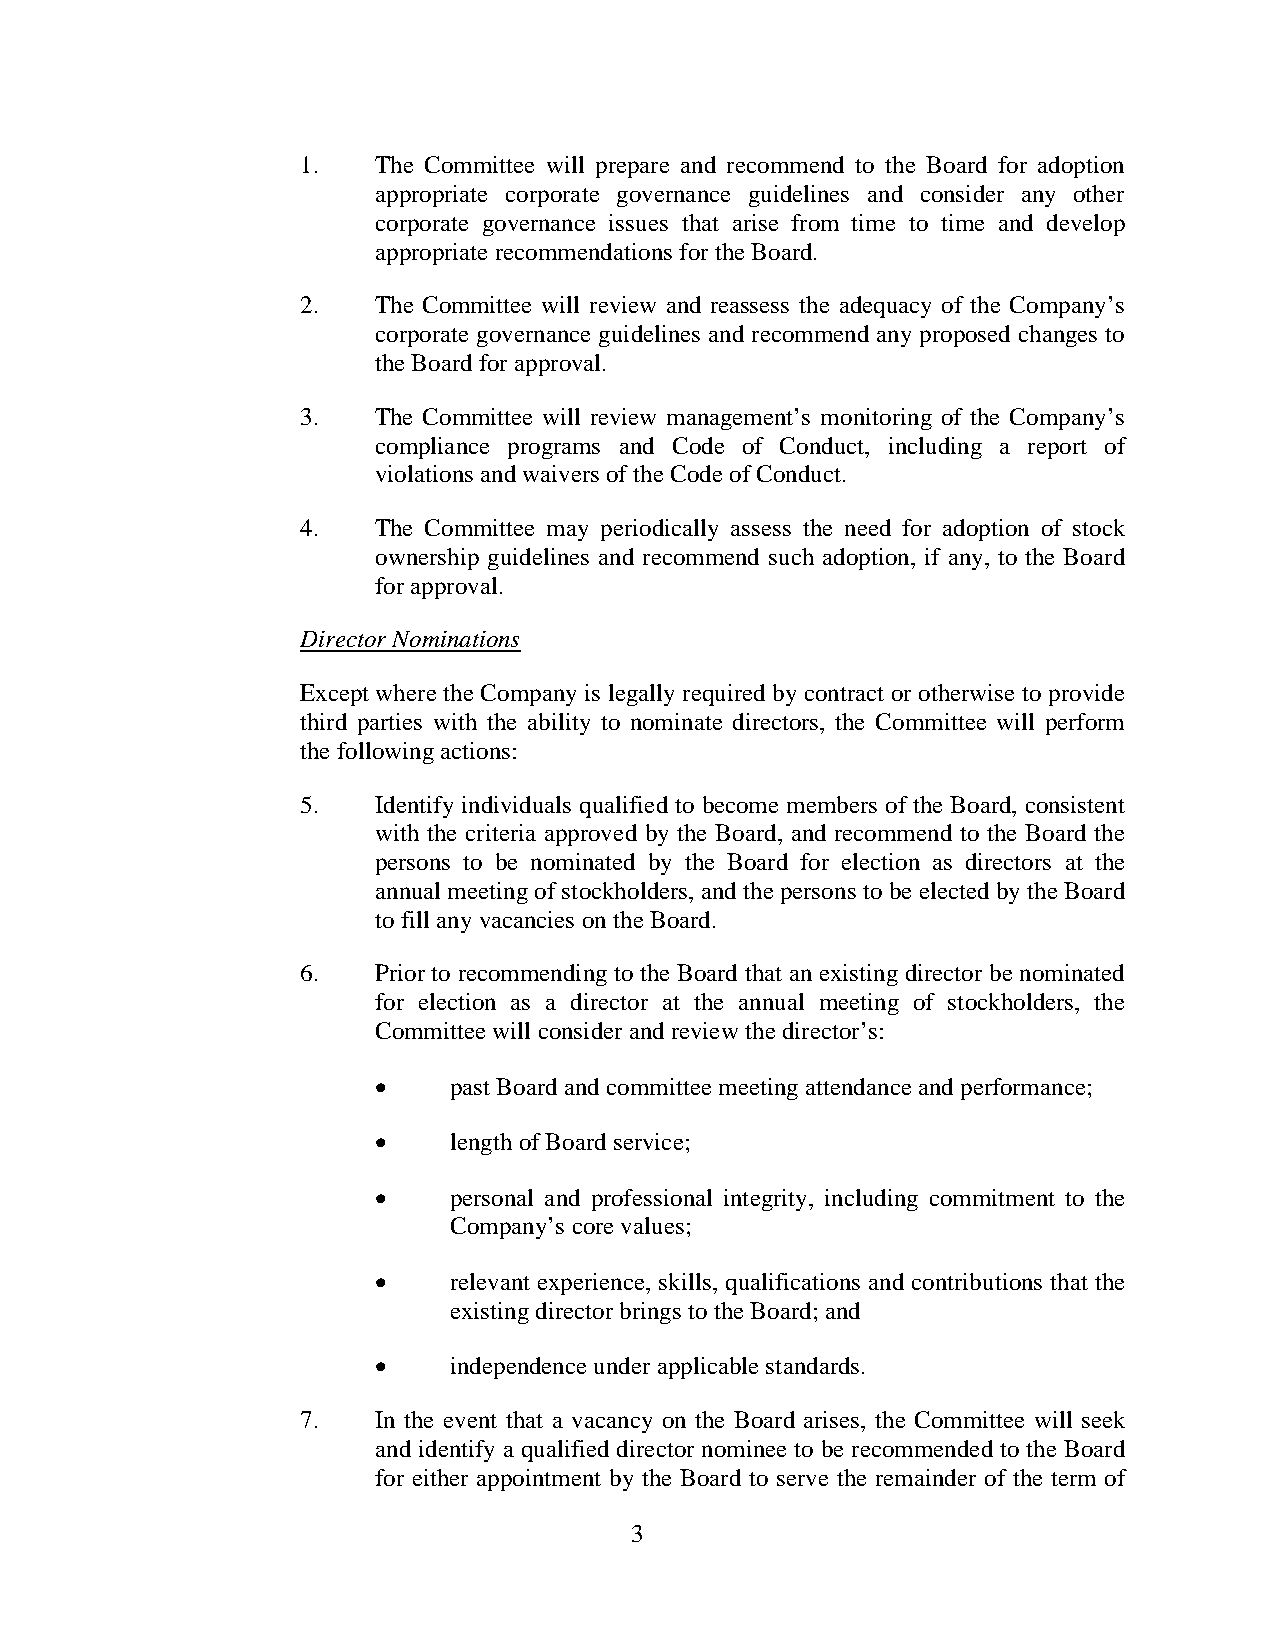
1.   The Committee will prepare and recommend to the Board for adoption
 appropriate corporate governance guidelines and consider any other
 corporate governance issues that arise from time to time and develop
 appropriate recommendations for the Board.
 2.   The Committee will review and reassess the adequacy of the Company’s
 corporate governance guidelines and recommend any proposed changes to
 the Board for approval.
 3.   The Committee will review management’s monitoring of the Company’s
 compliance programs and Code of Conduct, including a report of
 violations and waivers of the Code of Conduct.
 4.   The Committee may periodically assess the need for adoption of stock
 ownership guidelines and recommend such adoption, if any, to the Board
 for approval.
 Director Nominations
 Except where the Company is legally required by contract or otherwise to provide
 third parties with the ability to nominate directors, the Committee will perform
 the following actions:
 5.   Identify individuals qualified to become members of the Board, consistent
 with the criteria approved by the Board, and recommend to the Board the
 persons to be nominated by the Board for election as directors at the
 annual meeting of stockholders, and the persons to be elected by the Board
 to fill any vacancies on the Board.
 6.   Prior to recommending to the Board that an existing director be nominated
 for election as a director at the annual meeting of stockholders, the
 Committee will consider and review the director’s:
     past Board and committee meeting attendance and performance;
     length of Board service;
     personal and professional integrity, including commitment to the
 Company’s core values;
     relevant experience, skills, qualifications and contributions that the
 existing director brings to the Board; and
     independence under applicable standards.
 7.   In the event that a vacancy on the Board arises, the Committee will seek
 and identify a qualified director nominee to be recommended to the Board
 for either appointment by the Board to serve the remainder of the term of
 3